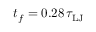
t _ { f } = 0 . 2 8 \, \tau _ { \mathrm { L J } }